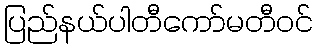
ပြည်နယ်ပါတီကော်မတီဝင်